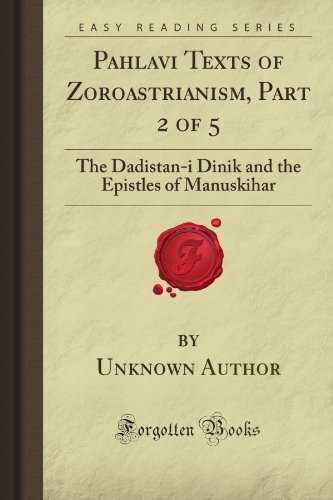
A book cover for Pahlavi Texts of Zoroastrianism, Part 2 of 5: The Dadistan-i Dinik and the Epistles of Manuskihar (Forgotten Books); Unknown Firminger Author; Religion & Spirituality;